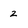
Character: 2